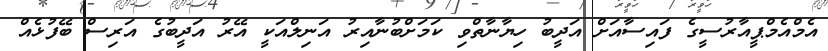
އެމްއެމްޕީއާރުސީގެ ފައިސާއަށް އަދީބު ހިޔާނާތްވި ކަމަށްބުނާއިރު އަނިލްއަކީ އޭރު އަދީބުގެ އަރިސް ބޭފުޅެއް